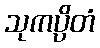
သုကပ္ပိတံ